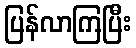
ပြန်လာကြပြီး